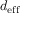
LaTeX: d _ { \mathrm { e f f } }